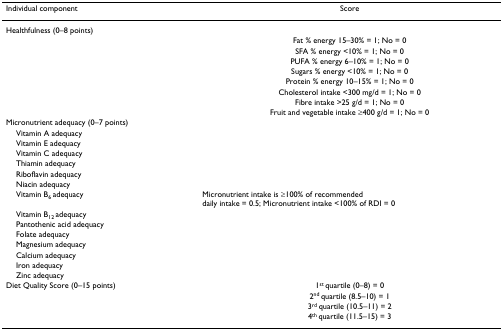
<table><thead><tr><td><b>Individual component</b></td><td><b>Score</b></td></tr></thead><tbody><tr><td>Healthfulness (0–8 points)</td><td></td></tr><tr><td></td><td>Fat % energy 15–30% = 1; No = 0</td></tr><tr><td></td><td>SFA % energy &lt;10% = 1; No = 0</td></tr><tr><td></td><td>PUFA % energy 6–10% = 1; No = 0</td></tr><tr><td></td><td>Sugars % energy &lt;10% = 1; No = 0</td></tr><tr><td></td><td>Protein % energy 10–15% = 1; No = 0</td></tr><tr><td></td><td>Cholesterol intake &lt;300 mg/d = 1; No = 0</td></tr><tr><td></td><td>Fibre intake &gt;25 g/d = 1; No = 0</td></tr><tr><td></td><td>Fruit and vegetable intake ≥400 g/d = 1; No = 0</td></tr><tr><td>Micronutrient adequacy (0–7 points)</td><td></td></tr><tr><td> Vitamin A adequacy</td><td></td></tr><tr><td> Vitamin E adequacy</td><td></td></tr><tr><td> Vitamin C adequacy</td><td></td></tr><tr><td> Thiamin adequacy</td><td></td></tr><tr><td> Riboflavin adequacy</td><td></td></tr><tr><td> Niacin adequacy</td><td></td></tr><tr><td> Vitamin B<sub>6 </sub>adequacy</td><td>Micronutrient intake is ≥100% of recommendeddaily intake = 0.5; Micronutrient intake &lt;100% of RDI = 0</td></tr><tr><td> Vitamin B<sub>12 </sub>adequacy</td><td></td></tr><tr><td> Pantothenic acid adequacy</td><td></td></tr><tr><td> Folate adequacy</td><td></td></tr><tr><td> Magnesium adequacy</td><td></td></tr><tr><td> Calcium adequacy</td><td></td></tr><tr><td> Iron adequacy</td><td></td></tr><tr><td> Zinc adequacy</td><td></td></tr><tr><td>Diet Quality Score (0–15 points)</td><td>1<sup>st </sup>quartile (0–8) = 0</td></tr><tr><td></td><td>2<sup>nd </sup>quartile (8.5–10) = 1</td></tr><tr><td></td><td>3<sup>rd </sup>quartile (10.5–11) = 2</td></tr><tr><td></td><td>4<sup>th </sup>quartile (11.5–15) = 3</td></tr></tbody></table>